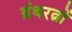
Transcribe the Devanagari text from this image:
ग्रंथरत्नों